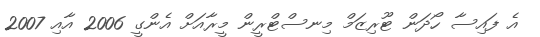
އެ ފައިސާ ހޯދަން ޓޫރިޒަމް މިނސްޓްރީން މީރާއަށް އެންގީ 2006 އާއި 2007